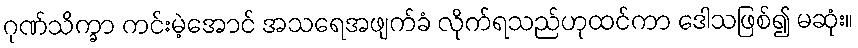
ဂုဏ်သိက္ခာ ကင်းမဲ့အောင် အသရေအဖျက်ခံ လိုက်ရသည်ဟုထင်ကာ ဒေါသဖြစ်၍ မဆုံး။